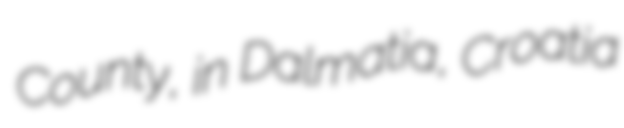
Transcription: County, in Dalmatia, Croatia